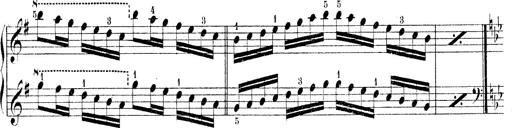
Title: Technische Studien
Composer: Franz Liszt